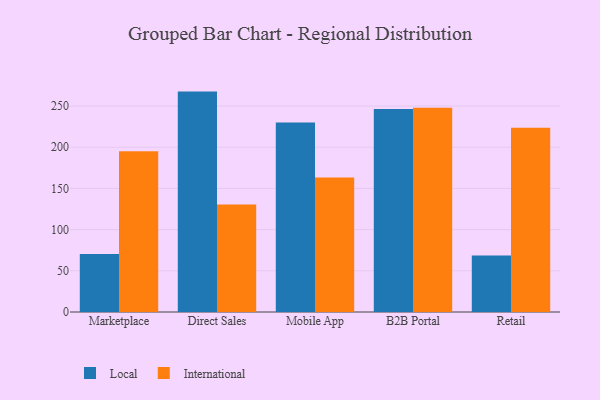
{"axis": {"x": "Channel", "y": "Inventory Turnover"}, "legend": ["International", "Local"], "data": [{"x": "Marketplace", "y": 70.3, "type": "Local"}, {"x": "Marketplace", "y": 195.0, "type": "International"}, {"x": "Direct Sales", "y": 267.5, "type": "Local"}, {"x": "Direct Sales", "y": 130.6, "type": "International"}, {"x": "Mobile App", "y": 229.9, "type": "Local"}, {"x": "Mobile App", "y": 163.3, "type": "International"}, {"x": "B2B Portal", "y": 246.3, "type": "Local"}, {"x": "B2B Portal", "y": 248.0, "type": "International"}, {"x": "Retail", "y": 68.5, "type": "Local"}, {"x": "Retail", "y": 223.5, "type": "International"}]}